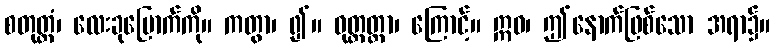
စတုတ္ထံ၊ လေးခုမြောက်ကို။ ကတွာ၊ ၍။ ဝုတ္တတ္တာ၊ ကြောင့်။ ဣဓ၊ ဤနောက်ဖြစ်သော အရာ၌။